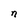
Character: n